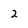
Character: 2